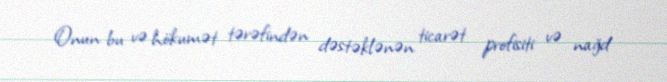
Onun bu və hökumət tərəfindən dəstəklənən ticarət profisiti və nağd